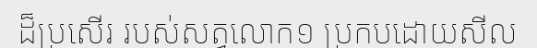
ដ៏ប្រសើរ របស់សត្វលោក១ ប្រកបដោយសីល